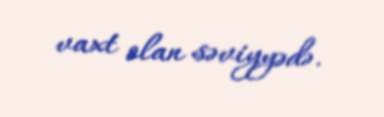
vaxt olan səviyyədə.